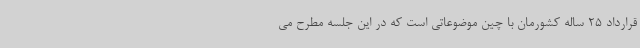
قرارداد 25 ساله کشورمان با چین موضوعاتی است که در این جلسه مطرح می